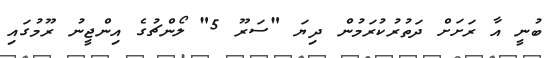
ބުނީ އާ ރަށަށް ދަތުރުކުރަމުން ދިޔަ "ސަރޫ 5" ލޯންޗުގެ އިންޖީނު ރޫމުގައި